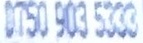
0750 903 5333